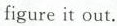
figure it out.